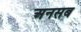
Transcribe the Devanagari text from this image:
अनसब